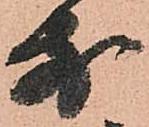
前